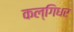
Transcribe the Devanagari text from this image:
कल्गिधर